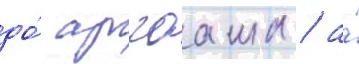
до́ аргааша / а́